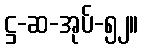
ဋ္ဌ-ဆ-အုပ်-၅၂။